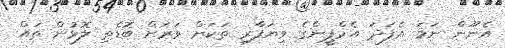
އެނޫން ނަމަ އެފަދަ އެމްޕީންގެ ވިޔަފާރި ތަކަށް ވަރަށް ބޮޑެތި ލޮޅުން ތައް